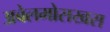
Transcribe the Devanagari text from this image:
अबेलमोसखस